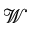
\mathscr { W }